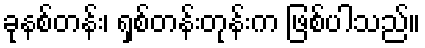
ခုနစ်တန်း၊ ရှစ်တန်းတုန်းက ဖြစ်ပါသည်။